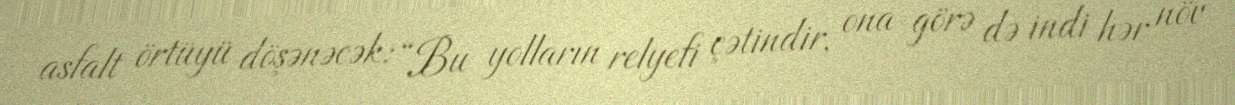
asfalt örtüyü döşənəcək: “Bu yolların relyefi çətindir, ona görə də indi hər növ